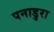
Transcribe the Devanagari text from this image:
पनाडुरा